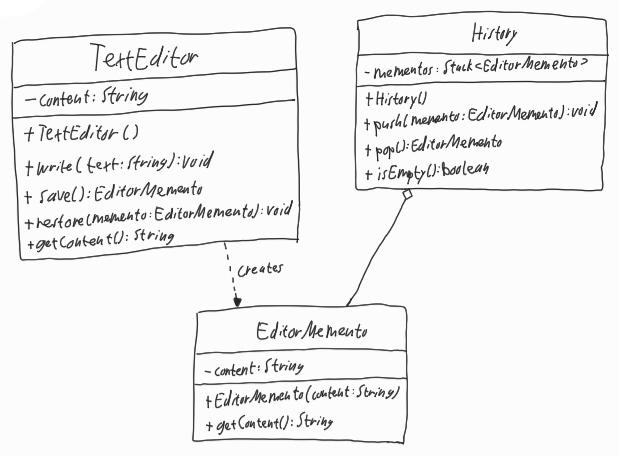
Diagram type: class_diagram
```plantuml
@startuml

class TextEditor {
  - content: String
  + TextEditor()
  + write(text: String): void
  + save(): EditorMemento
  + restore(memento: EditorMemento): void
  + getContent(): String
}

class History {
  - mementos: Stack<EditorMemento>
  + History()
  + push(memento: EditorMemento): void
  + pop(): EditorMemento
  + isEmpty(): boolean
}

class EditorMemento {
  - content: String
  + EditorMemento(content: String)
  + getContent(): String
}

TextEditor ..> EditorMemento : creates

History o-- EditorMemento

@enduml
```